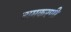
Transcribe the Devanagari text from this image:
नामकरणी